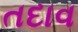
તદાવ